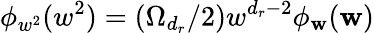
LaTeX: \phi_{w^{2}}(w^{2})=(\Omega_{{d_{r}}}/2)w^{{d_{r}}-2}\phi_{\mathbf{w}}(\mathbf{w})